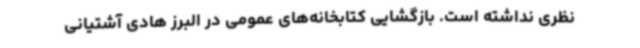
نظری نداشته است. بازگشایی کتابخانه‌های عمومی در البرز هادی آشتیانی